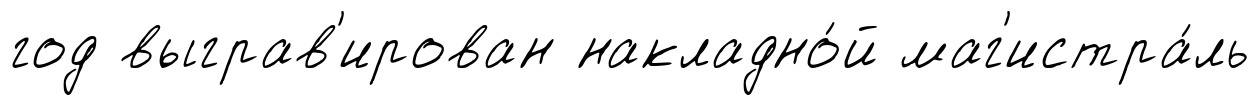
год выграв'ирован накладно́й маг'истра́ль